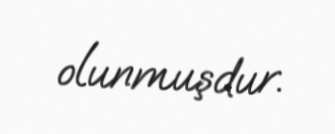
olunmuşdur.